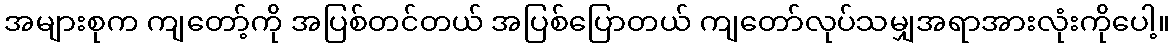
အများစုက ကျတော့်ကို အပြစ်တင်တယ် အပြစ်ပြောတယ် ကျတော်လုပ်သမျှအရာအားလုံးကိုပေါ့။